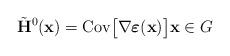
LaTeX: \begin{align*}\tilde{\mathbf{H}}^{0}(\mathbf{x}) = \mathrm{Cov}\big[\nabla \boldsymbol{\varepsilon}(\mathbf{x})\big] \mathbf{x} \in G\end{align*}